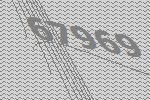
67969